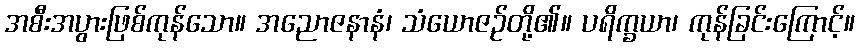
အစီးအပွားဖြစ်ကုန်သော။ အညောဇနာနံ၊ သံယောဇဉ်တို့၏။ ပရိက္ခယာ၊ ကုန်ခြင်းကြောင့်။